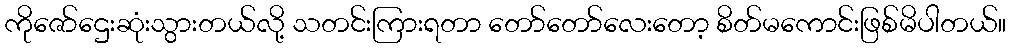
ကိုဇော်ဌေးဆုံးသွားတယ်လို့ သတင်းကြားရတာ တော်တော်လေးတော့ စိတ်မကောင်းဖြစ်မိပါတယ်။